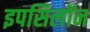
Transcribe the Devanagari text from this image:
इपसिलॉन